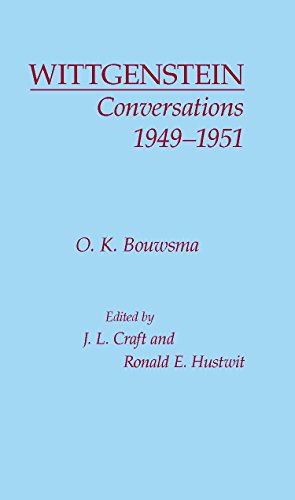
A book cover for Wittgenstein Conversations, 1949-1951; O. K. Bouwsma; Politics & Social Sciences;